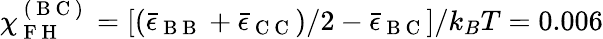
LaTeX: \chi_{\mathrm{~F~H~}}^{\mathrm{~(~B~C~)~}}=[(\bar{\epsilon}_{\mathrm{~B~B~}}+\bar{\epsilon}_{\mathrm{~C~C~}})/2-\bar{\epsilon}_{\mathrm{~B~C~}}]/k_{B}T=0.006